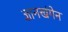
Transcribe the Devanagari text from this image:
ज्ञानखंगेन